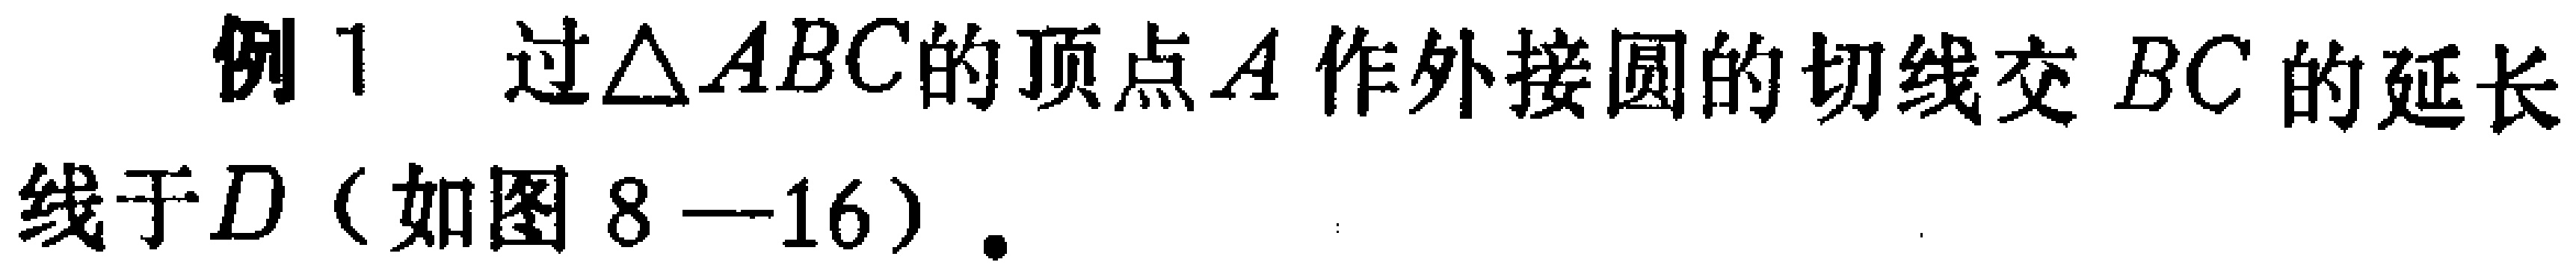
例1 过\(\triangle ABC\)的顶点\(A\)作外接圆的切线交 \(BC\) 的延长线于\(D\)（如图 \(8 - 16\)）.